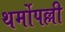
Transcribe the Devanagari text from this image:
थर्मोपल्ली